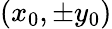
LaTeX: (x_{0},\pm y_{0})